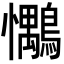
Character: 𢥶